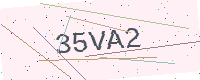
Text: 35VA2